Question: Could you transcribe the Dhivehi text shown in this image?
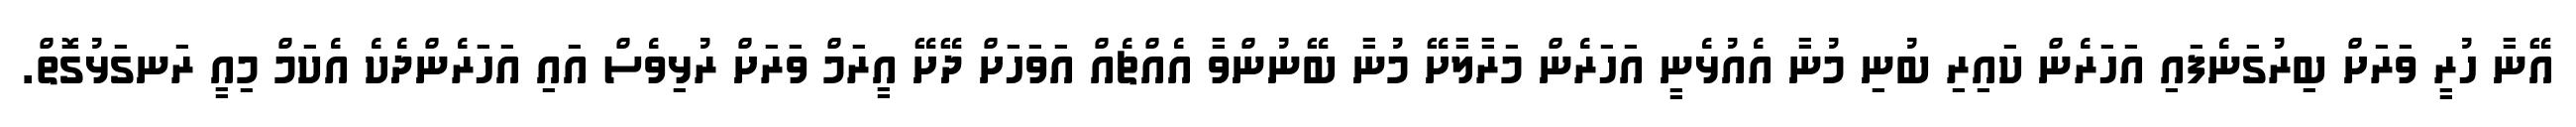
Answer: އޭނާ ހުރީ ވަރަށް ބިރުގަނެފައި އަހަރެން ކައިރި ބުނި މުނާ އެއުޅެނީ އަހަރެން މަރާލާށޭ މުނާ ބޭނުންވާ އެއްޗެއް އަވަހަށް ދޭށޭ އީރަމް ވަރަށް ރުޅިވެސް އައި އަހަރެންދެކެ އެކަމް މިއީ ރަނގަޅުގޮތް.